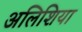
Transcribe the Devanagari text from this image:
अलिशिया